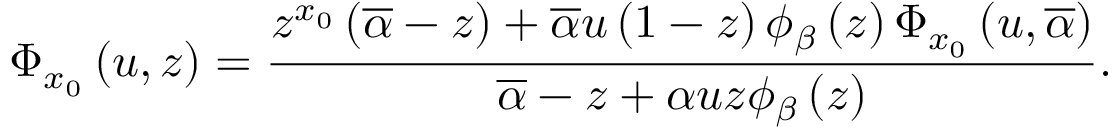
\Phi _ { x _ { 0 } } \left( u , z \right) = \frac { z ^ { x _ { 0 } } \left( \overline { { \alpha } } - z \right) + \overline { { \alpha } } u \left( 1 - z \right) \phi _ { \beta } \left( z \right) \Phi _ { x _ { 0 } } \left( u , \overline { { \alpha } } \right) } { \overline { { \alpha } } - z + \alpha u z \phi _ { \beta } \left( z \right) } .